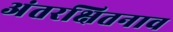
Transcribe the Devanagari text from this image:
अंतरक्षितनाव